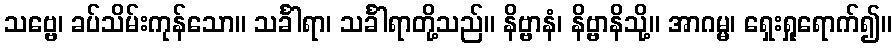
သဗ္ဗေ၊ ခပ်သိမ်းကုန်သော။ သင်္ခါရာ၊ သင်္ခါရာတို့သည်။ နိဗ္ဗာနံ၊ နိဗ္ဗာနိသို့။ အာဂမ္မ၊ ရှေးရှုရောက်၍။